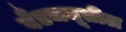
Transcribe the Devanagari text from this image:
बँडचमूतील